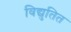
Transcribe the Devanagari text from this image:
विद्युतित